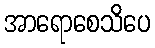
အာရောစေသိပေ